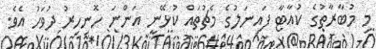
މި މުބާރާތުގެ ކުއާޓާ ފައިނަލުގެ މެޗުތައް ކުޅޭނީ އަންނަ ހޮނިހިރު ދުވަހު އެވެ.